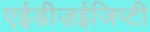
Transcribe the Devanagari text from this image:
एईडीज़ईजिप्टी